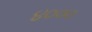
૪૦૦૦